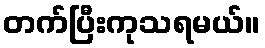
တက်ပြီးကုသရမယ်။